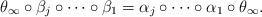
LaTeX: \begin{align*} \theta_\infty \circ \beta_j \circ \cdots \circ \beta_1 = \alpha_j \circ \cdots \circ \alpha_1 \circ \theta_\infty. \end{align*}